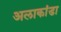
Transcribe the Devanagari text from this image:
अलाकांडा